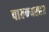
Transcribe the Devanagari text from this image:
पाल्म्यरह२